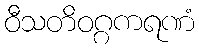
ဝီသတိဝဂ္ဂကရဏံ